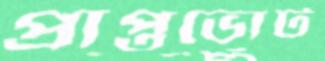
প্রাপ্তভোট